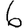
Digit: 6